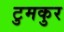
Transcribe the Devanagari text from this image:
टुमकुर